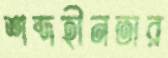
শব্দহীনতার